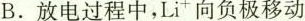
B.放电过程中，Lit向负极移动